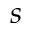
s